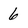
Character: 6